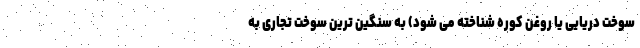
سوخت دریایی یا روغن کوره شناخته می شود) به سنگین ترین سوخت تجاری به